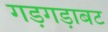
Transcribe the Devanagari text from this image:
गड़गड़ाबट